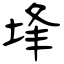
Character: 埄